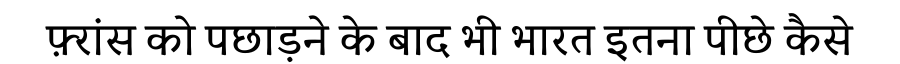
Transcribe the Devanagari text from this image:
फ़्रांस को पछाड़ने के बाद भी भारत इतना पीछे कैसे